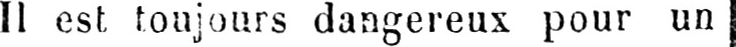
Il est toujours dangereux pour un